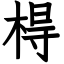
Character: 棏